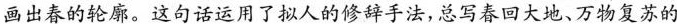
画出春的轮廓。这句话运用了拟人的略辞手法,总写春回大地、万物复苏的